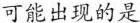
可能出现的是